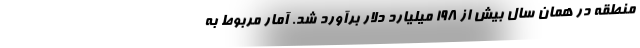
منطقه در همان سال بیش از 198 میلیارد دلار برآورد شد. آمار مربوط به